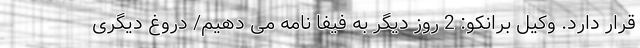
قرار دارد. وکیل برانکو: 2 روز دیگر به فیفا نامه می دهیم/ دروغ دیگری